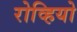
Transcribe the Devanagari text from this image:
रोव्हियो